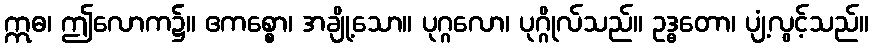
ဣဓ၊ ဤလောက၌။ ဧကစ္စော၊ အချို့သော။ ပုဂ္ဂလော၊ ပုဂ္ဂိုလ်သည်။ ဥဒ္ဓတော၊ ပျံ့လွင့်သည်။